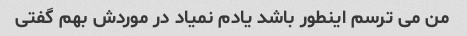
من می ترسم اینطور باشد یادم نمیاد در موردش بهم گفتی